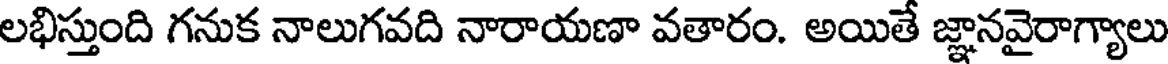
లభిస్తుంది గనుక నాలుగవది నారాయణా వతారం. అయితే జ్ఞానవైరాగ్యాలు